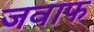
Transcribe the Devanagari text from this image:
जवाफ